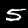
Label: 5